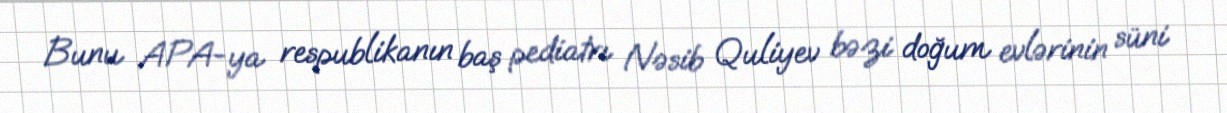
Bunu APA-ya respublikanın baş pediatrı Nəsib Quliyev bəzi doğum evlərinin süni